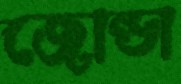
জোন্ডা